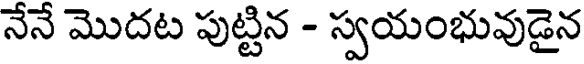
నేనే మొదట పుట్టిన - స్వయంభువుడైన